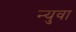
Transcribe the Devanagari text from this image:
न्युवा